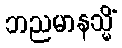
ဘညမာနသ္မိံ